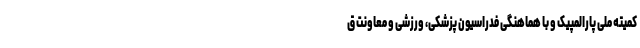
کمیته ملی پارالمپیک و با هماهنگی فدراسیون پزشکی، ورزشی و معاونت ق